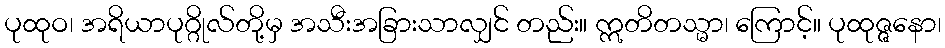
ပုထုဝ၊ အရိယာပုဂ္ဂိုလ်တို့မှ အသီးအခြားသာလျှင် တည်း။ ဣတိတသ္မာ၊ ကြောင့်။ ပုထုဇ္ဇနော၊